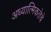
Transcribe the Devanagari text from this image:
अध्यात्मिकतेचे